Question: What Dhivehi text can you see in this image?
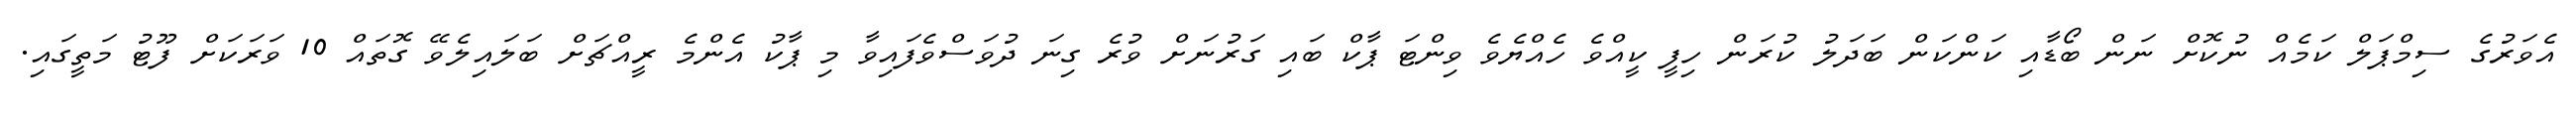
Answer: އެވަރުގެ ސިމްޕަލް ކަމެއް ނުކޮށް ނަން ބޯޑާއި ކަންކަން ބަދަލު ކުރަން ހިފީ ކީއްވެ ހެއްޔެވެ ވިންޓަ ޕާކް ބައި ގަރުނަށް ވުރެ ގިނަ ދުވަސްވެފައިވާ މި ޕާކު އެންމެ ރީއްޗަށް ބަލައިލެވޭ ގޮތައް 10 ވަރަކަށް ފޫޓު މަތީގައި.